Report of the Indian Hemp Drugs Commission, 1894-1895 - Volume II
Year: 1894
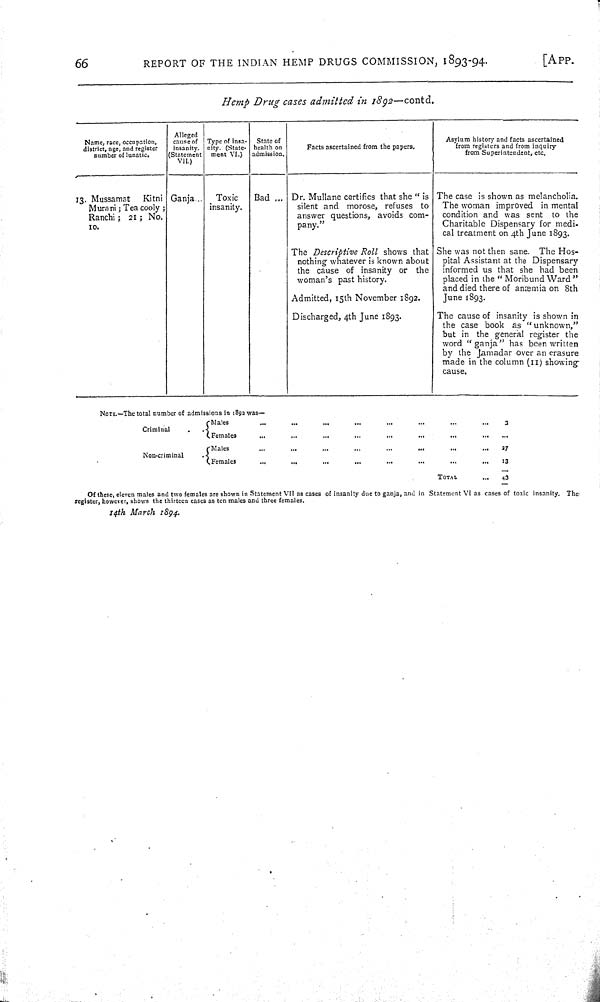
66
REPORT OF THE INDIAN HEMP DRUGS COMMISSION, 1893-94.
[APP.
Hemp Drug cases admitted in 1892—contd.
Name, race, occupation,
district, age, and register
number of lunatic.
Alleged
cause of
insanity.
(Statement
VII.)
Type of Insa-
nity. (State-
ment VI.)
State of
health on
admission.
Facts ascertained from the papers.
Asylum history and facts ascertained
from registers and from inquiry
from Superintendent, etc.
13. Mussamat
Kitni
Murani; Tea cooly;
Ranchi; 21; No.
10.
Ganja
Toxic
insanity.
Bad
Dr. Mullane certifies that she " is
silent and morose, refuses to
answer questions, avoids com-
pany."
The Descriptive Roll shows that
nothing whatever is known about
the cause of insanity or the
woman's past history.
Admitted, 15th November 1892.
Discharged, 4th June 1893.
The case is shown as melancholia.
The woman improved in mental
condition and was sent to the
Charitable Dispensary for medi-
cal treatment on 4th June 1893.
She was not then sane. The Hos-
pital Assistant at the Dispensary
informed us that she had been
placed in the "Moribund Ward"
and died there of anæmia on 8th
June 1893.
The cause of insanity is shown in
the case book as "unknown,"
but in the general register the
word "ganja" has been written
by the Jamadar over an erasure
made in the column (11) showing
cause.
NOTE.—The total number of admissions in 1892 was—
Criminal
Males
3
Criminal
Females
Non-criminal
Males
27
Non-criminal
Females
13
TOTAL
43
Of these, eleven males and two females are shown in Statement VII as cases of insanity due to ganja, and in Statement VI as cases of toxic insanity. The
register, however, shows the thirteen cases as ten males and three females.
14th March 1894.